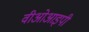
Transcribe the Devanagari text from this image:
वीओआइपी